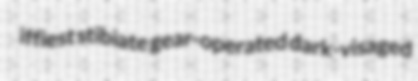
iffiest stibiate gear-operated dark-visaged